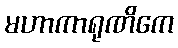
မဟာကာရုဏိကေ